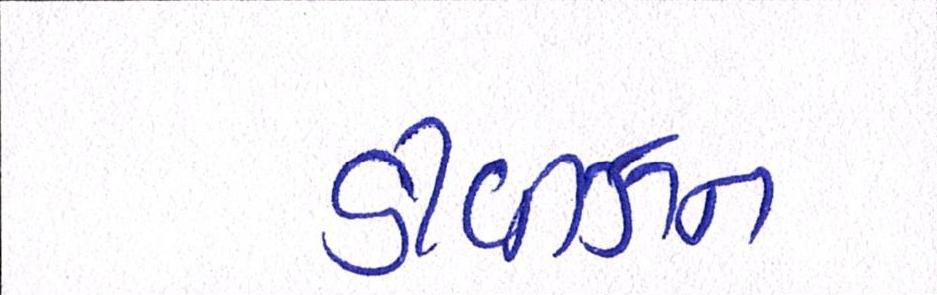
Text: ડીવીઝન